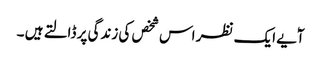
آٗیے ایک نظر اس شخص کی زندگی پر ڈالتے ہیں ۔